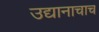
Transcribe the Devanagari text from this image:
उद्यानाचाच